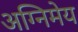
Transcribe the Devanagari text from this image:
अग्‍निमेय